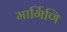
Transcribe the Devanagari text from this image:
मार्गिणि